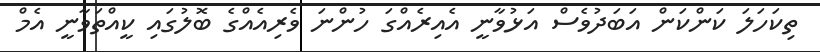
ތިކަހަލަ ކަންކަން އަބަދުވެސް އަޅުވާނީ އެއިރެއްގަ ހުންނަ ވެރިއެއްގެ ބޮލުގައި ކީއްތަވާނީ އެމް